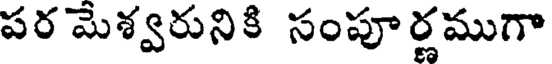
పర మెశ్వరునికి సంపూర్ణముగా